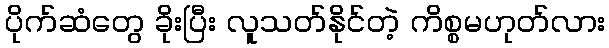
ပိုက်ဆံတွေ ခိုးပြီး လူသတ်နိုင်တဲ့ ကိစ္စမဟုတ်လား